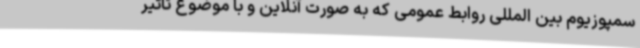
سمپوزیوم بین المللی روابط عمومی که به صورت آنلاین و با موضوع تاثیر